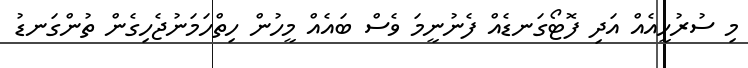
މި ސުރުހީއެއް އަދި ފޮޓޯގަނޑެއް ފެނުނީމަ ވެސް ބައެއް މީހުން ހިތްހަމަނުޖެހިގެން ތުންގަނޑު